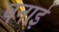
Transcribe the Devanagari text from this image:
वनाई